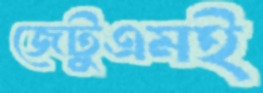
জেটুএমই